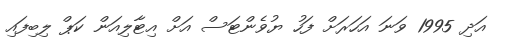
އަދި 1995 ވަނަ އަހަރަށް ފަހު ޔުވެންޓަސް އަށް އިޓާލިއަން ކަޕް ލިބިފައި